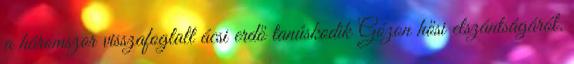
a háromszor visszafoglalt ácsi erdő tanúskodik Gózon hősi elszántságáról.